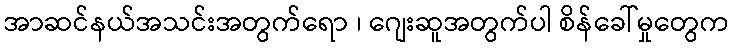
အာဆင်နယ်အသင်းအတွက်ရော ၊ ဂျေးဆူအတွက်ပါ စိန်ခေါ်မှုတွေက